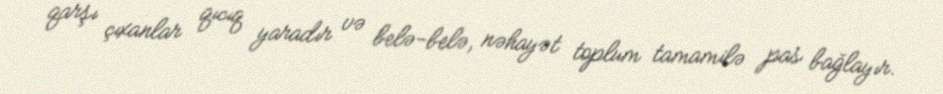
qarşı çıxanlar qıcıq yaradır və belə-belə, nəhayət toplum tamamilə pas bağlayır.